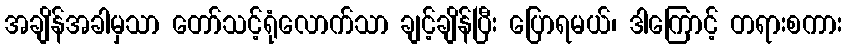
အချိန်အခါမှသာ တော်သင့်ရုံလောက်သာ ချင့်ချိန်ပြီး ပြောရမယ်၊ ဒါကြောင့် တရားစကား